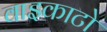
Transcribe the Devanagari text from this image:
वाइकाटो